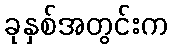
ခုနှစ်အတွင်းက